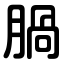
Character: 腡